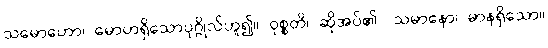
သမောဟော၊ မောဟရှိသောပုဂ္ဂိုလ်ဟူ၍။ ဝုစ္စတိ၊ ဆိုအပ်၏။ သမာနော၊ မာနရှိသော။